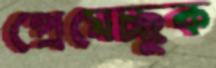
প্রেমেচ্ছুক